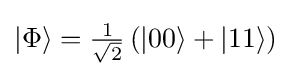
{\textstyle |\Phi \rangle ={\frac {1}{\sqrt {2}}}\left(|00\rangle +|11\rangle \right)}